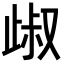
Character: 𣥹